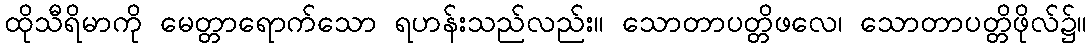
ထိုသီရိမာကို မေတ္တာရောက်သော ရဟန်းသည်လည်း။ သောတာပတ္တိဖလေ၊ သောတာပတ္တိဖိုလ်၌။